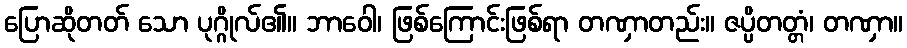
ပြောဆိုတတ် သော ပုဂ္ဂိုလ်၏။ ဘာဝေါ၊ ဖြစ်ကြောင်းဖြစ်ရာ တဏှာတည်း။ ဇပ္ပိတတ္တံ၊ တဏှာ။